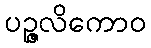
ပဉ္ဇလိကောဝ